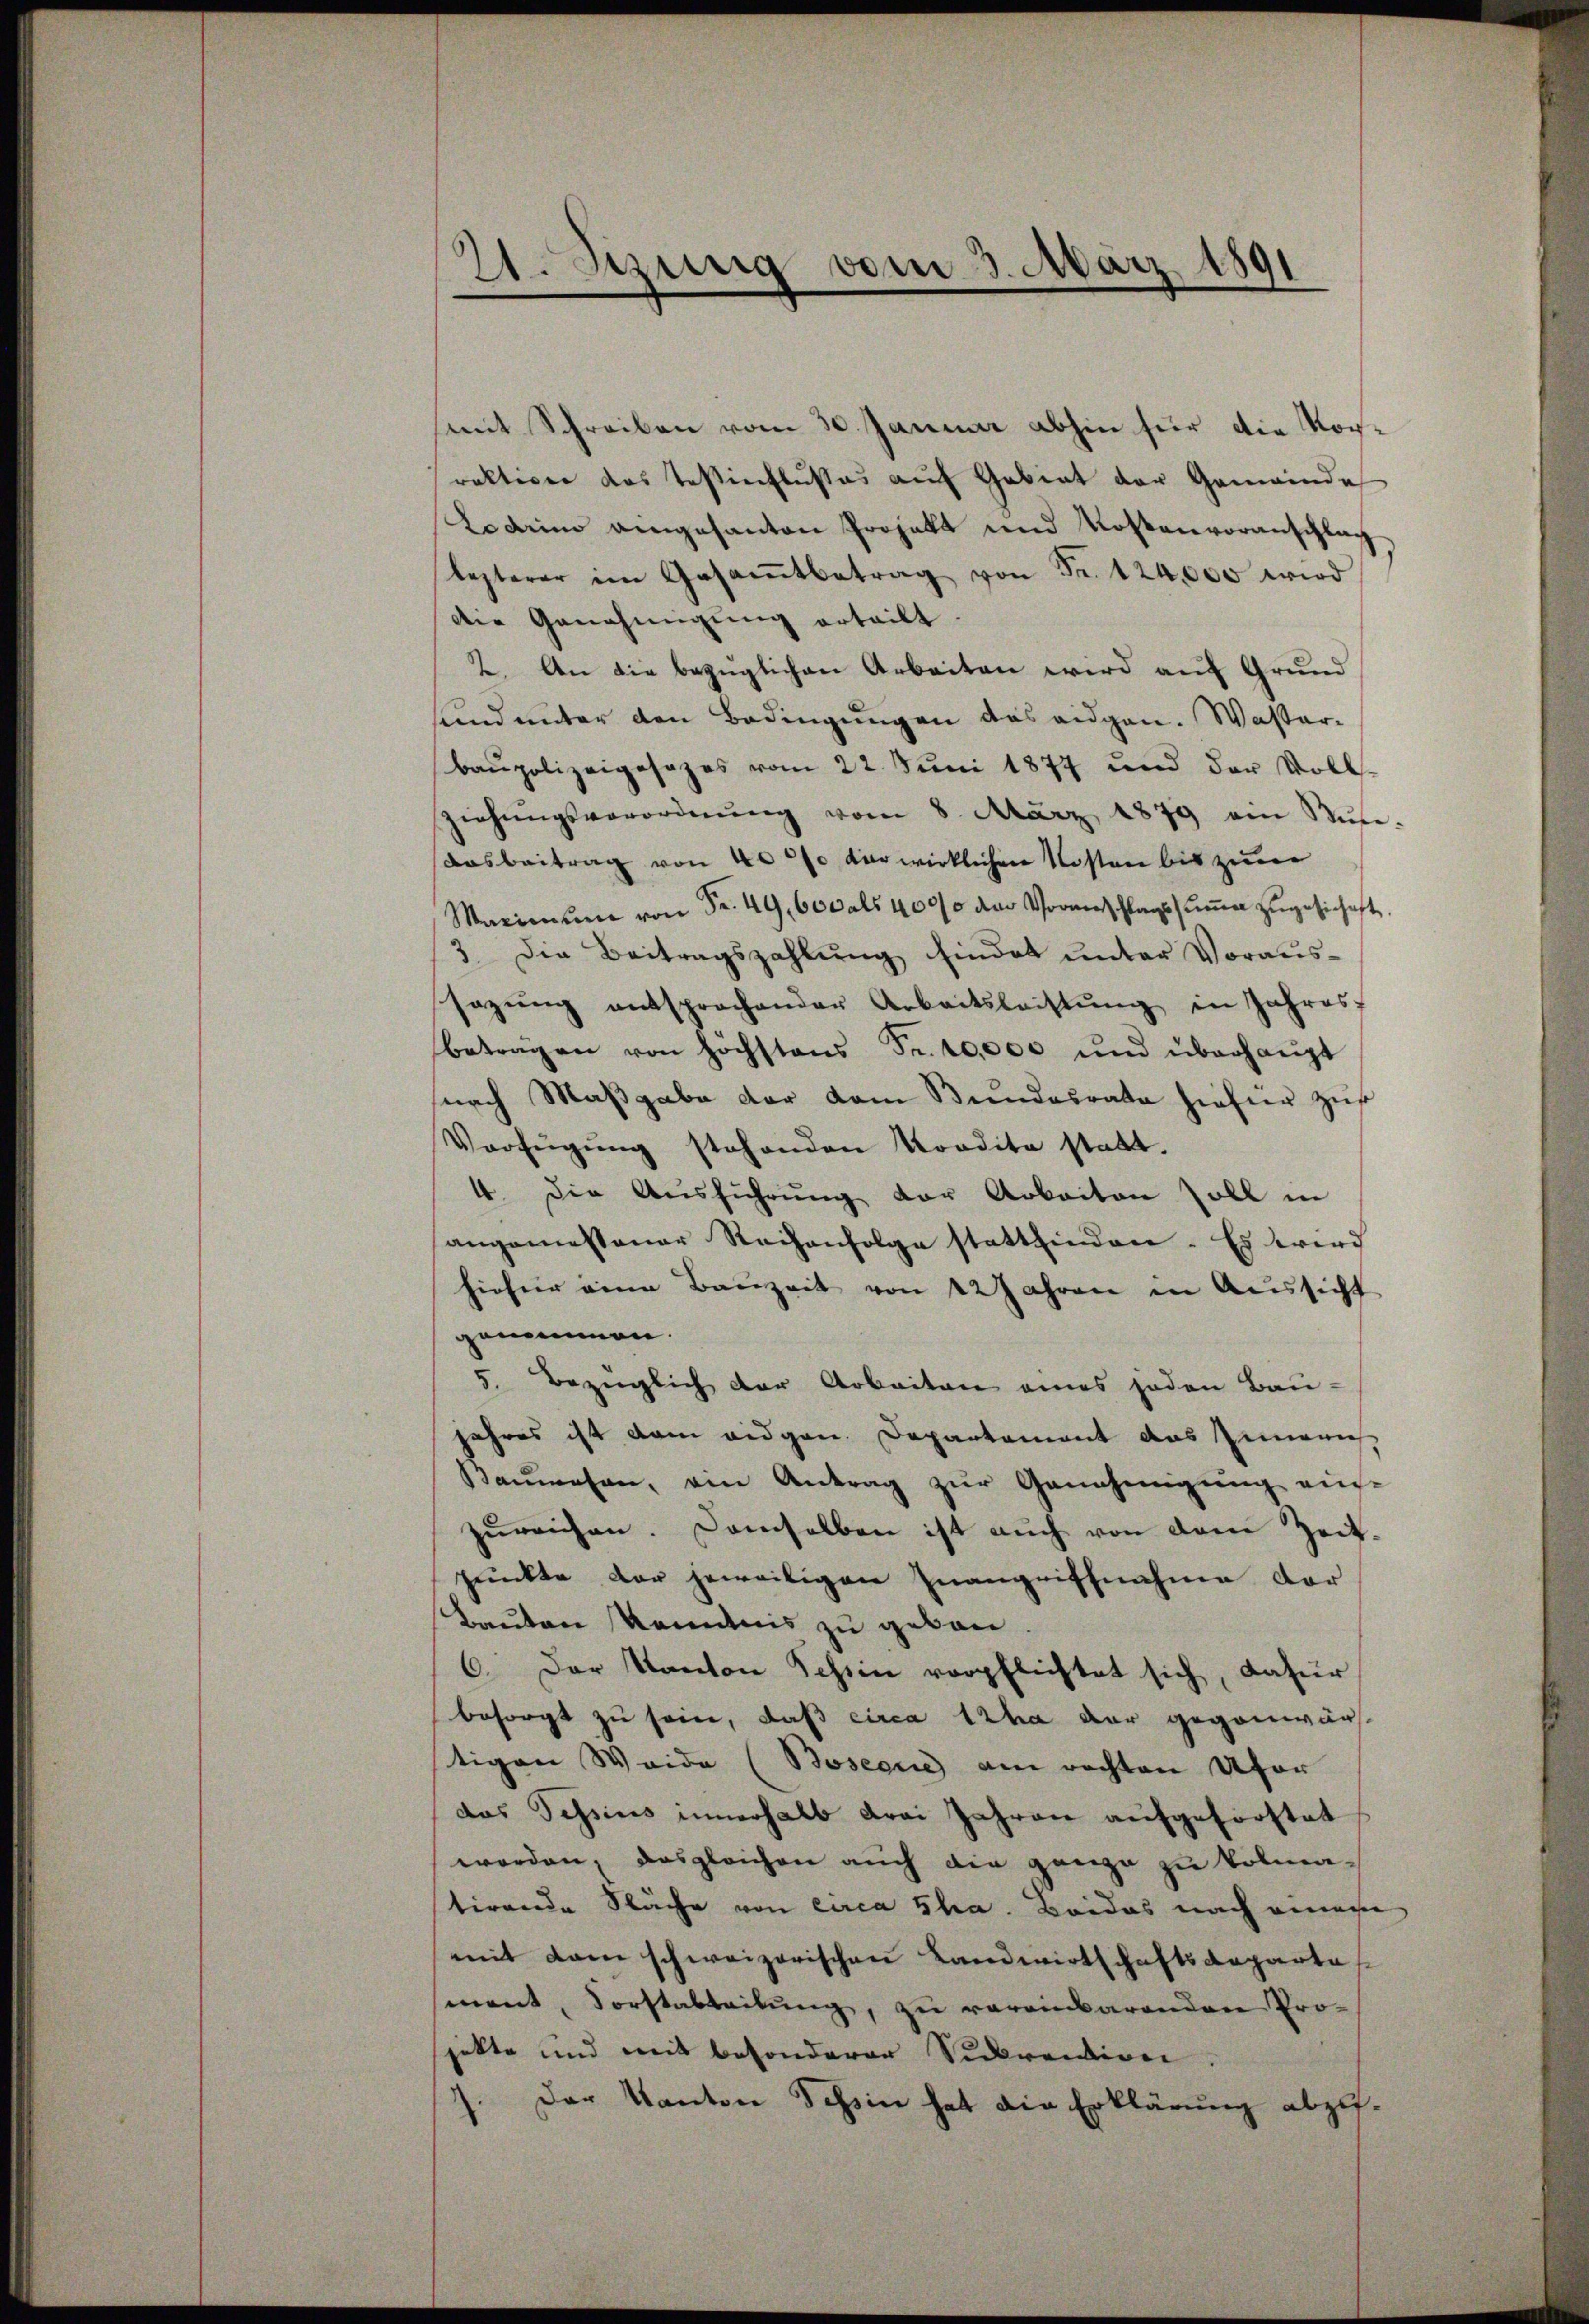
21. Sitzung vom 3. März 1891

(mit Schreiben vom 30. Januar abhin für die Korraktiven das Teßinflusses auf Gebiet der Gemeinde
Lodrim angesanten Projekt und Kostenvoranschlag
lezterer im Gesamtbetrag von Fr. 124,000 wird
die Genehmigung erteilt
2. An die bezüglichen Arbeiten wird aŭf Grund
sund unter den Bedingungen das eidgen. Wasser-
baupolizeigesezes vom 22. Juni 1877 und der Voll-
ziehŭngsverordnŭng vom 8. März 1879 ein Nŭn-
Aasbeitrag von 40% der wirklichen Kosten bis zum
Maximum von Fr. 49, 600 als 4000 der Vormenschlagssŭṁe zŭgesichet.
3. Die Beitragszahlŭng hindet unter Voraussazŭng entsprochender Arbeitsleistŭng in Jahres
betragen von höchstens Fr. 10000 und überhaŭpt
snach Maβgabe der vom Bundesrata hiefür zus
Verfügŭng stehenden Kordita statt.
4. die Aŭsführŭng der Arbeiten soll in
angemessener Reihenfolge stattfinden. Es wird
hiefür eine Bauzeit von 22 Jahren in Aussicht
genommen.
5. Bezüglich der Arbeiten eines jeden Bau-
jahres ist dem eidgen. Departement das Zimonis
Kauwesen, ein Antrag zur Genehmigung einzŭreichen. Demselben ist auch von dem Zeitpunkte der jeweiligen Inangriffnahme der
Bauten Kenntnis zu geben
6. Der Kanton Schin verpflichtet sich, dafür
besorgt zu sein, das circa ha dar gegenwärt
tigen Weide (Boseous am rechten Ufer
das Tessins innerhalb drei Jahren aufgeforstat
werden, dasgleichen auch die ganze zu Volma-
tirende Fläche von circa Sha. Beides nach genage
mit dem schweizerischen Landwirtschaftsdeparta
mant, Forstabteilŭng, zu vereinbarenden Pro-
jekte und mit besonderer Sickendige
Der Kanton Tessin hat die Erklärung abzu¬
.